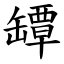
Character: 罈